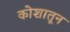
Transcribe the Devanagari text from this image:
कोशातून